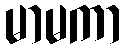
မာမကာ